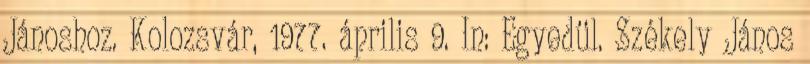
Jánoshoz. Kolozsvár, 1977. április 9. In: Egyedül. Székely János